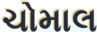
ચોમાલ